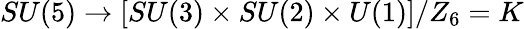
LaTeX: SU(5)\rightarrow[SU(3)\times SU(2)\times U(1)]/Z_{6}=K